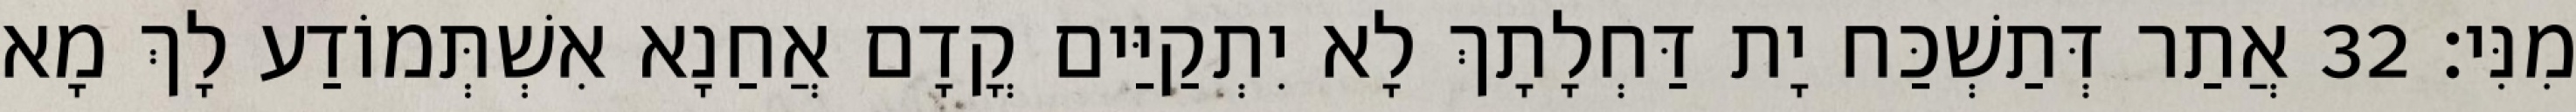
מִנִּי׃ 32 אֲתַר דְּתַשְׁכַּח יָת דַּחְלָתָךְ לָא יִתְקַיַּים קֳדָם אֲחַנָא אִשְׁתְּמוֹדַע לָךְ מָא